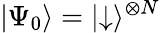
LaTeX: |\Psi_{0}\rangle=|{\downarrow}\rangle^{\otimes N}